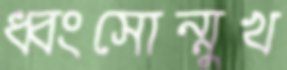
ধ্বংসোন্মুখ